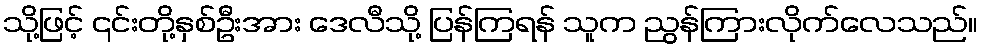
သို့ဖြင့် ၎င်းတို့နှစ်ဦးအား ဒေလီသို့ ပြန်ကြရန် သူက ညွန်ကြားလိုက်လေသည်။